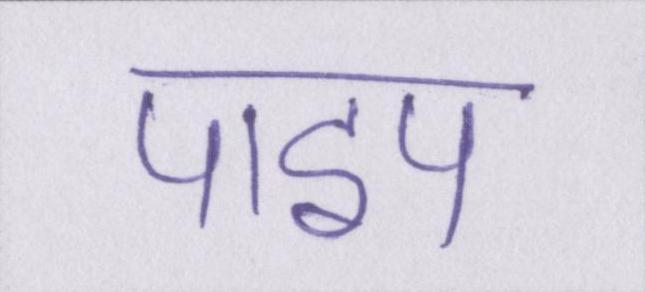
पाइप